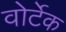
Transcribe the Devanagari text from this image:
वोर्टेक